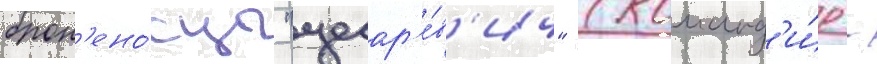
брон'ено́сцы "цесар'е́в'ич" (команд'и́р -